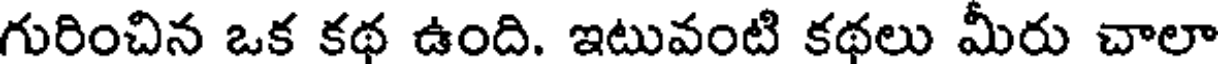
గురించిన ఒక కథ ఉంది. ఇటువంటి కథలు మీరు చాలా